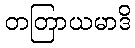
တတြာယမာဒိ